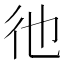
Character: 彵